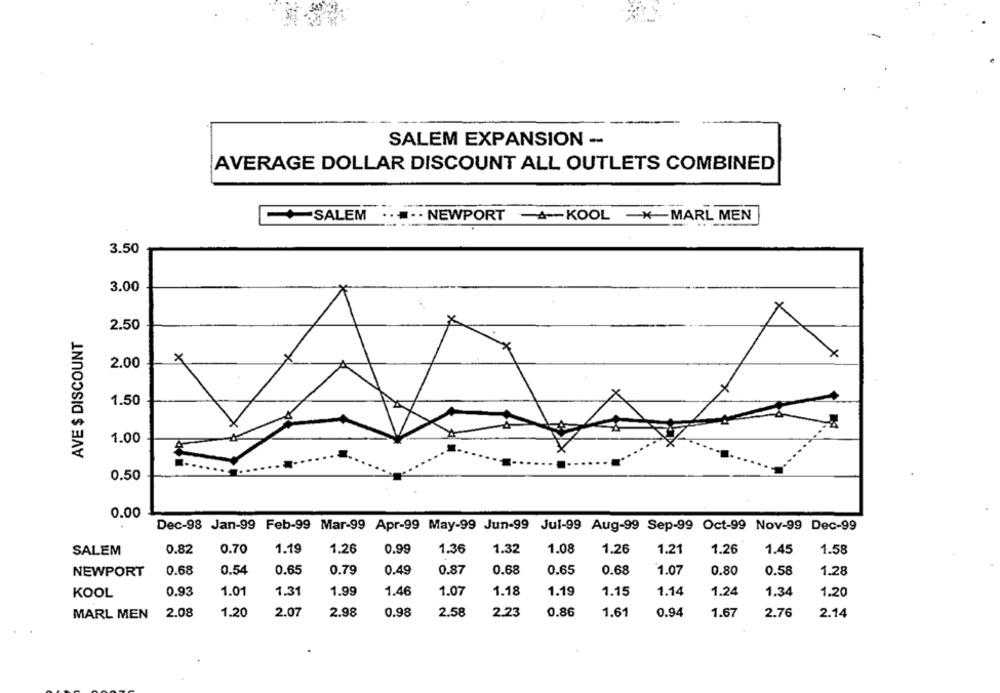
SALEM EXPANSION --
AVERAGE DOLLAR DISCOUNT ALL OUTLETS COMBINED
-SALEM
.... . NEWPORT
--- KOOL -*- MARL MEN
3.50
3.00
2.50
AVE $ DISCOUNT
x
×
2.00
1.50
1.00
0.50
0.00
Dec-98 Jan-99 Feb-99 Mar-99 Apr-99 May-99 Jun-99 Jul-99 Aug-99 Sep-99 Oct-99 Nov-99 Dec-99
SALEM
0.82
0.70
1.19
1.26
0.99
1.36
1.32
1.08
1.26
1.21
1.26
1.45
1.58
NEWPORT
0.68
0.54
0.65
0.79
0.49
0.87
0.68
0.65
0.68
1.07
0.80
0.58
1.28
KOOL
0.93
1.01
1.31
1.99
1.46
1.07
1.18
1.19
1.15
1.14
1.24
1.34
1.20
MARL MEN
2.08
1.20
2.07
2.98
0.98
2.58
2.23
0.86
1.61
0.94
1.67
2.76
2.14